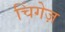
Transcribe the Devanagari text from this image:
चिंगेज़